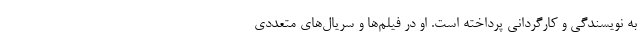
به نویسندگی و کارگردانی پرداخته است. او در فیلم‌ها و سریال‌های متعددی